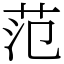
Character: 范